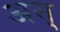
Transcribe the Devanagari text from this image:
अस्‌